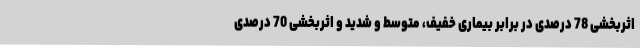
اثربخشی 78 درصدی در برابر بیماری خفیف، متوسط و شدید و اثربخشی 70 درصدی